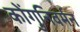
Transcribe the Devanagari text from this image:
कोंगुनिवर्मन